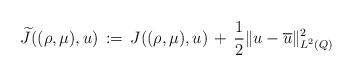
LaTeX: \begin{align*}\widetilde{J}((\rho,\mu),u) \,:=\,{J}((\rho,\mu),u)\,+\,\frac 1 2\|u-\overline{u}\|^2_{L^2(Q)}\end{align*}